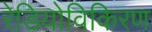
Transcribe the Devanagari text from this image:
रेडियोविकिरण